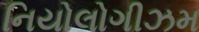
નિયોલોગીઝમ